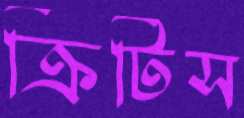
ক্রিটিস